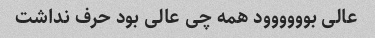
عالی بوووووود همه چی عالی بود حرف نداشت